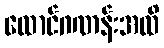
ထောင်ဂဏန်းအထိ